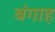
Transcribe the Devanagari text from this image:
बंगाह